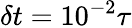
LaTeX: \delta t=10^{-2}\tau